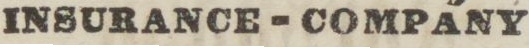
INSURANCE - COMPANY